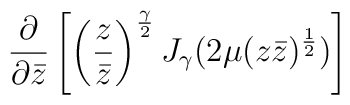
\left. \frac{\partial}{\partial\bar{z}} \left[ \left( \frac{z}{\bar{z}}\right)^{\frac{\gamma}{2}} J_{\gamma} (2 \mu (z \bar{z})^{\frac{1}{2}})\right] \right.